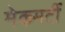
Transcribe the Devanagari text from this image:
मेकमर्टी